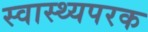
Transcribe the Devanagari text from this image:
स्वास्थ्यपरक